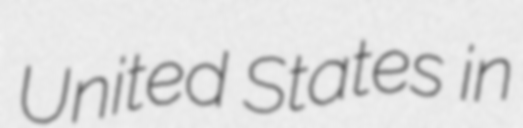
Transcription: United States in